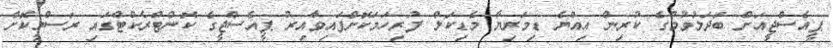
ޕީއެސްޖީއަށް ބަދަލުވުމުގެ ކުރިން އިއްޔެ ޑިމަރިޔާ މެޑިކަލް ފުރިހަމަކޮށްފައިވާއިރު ޕީއެސްޖީގެ ކޮންޓްރެކްޓްގައި ރަސްމީކޮށް